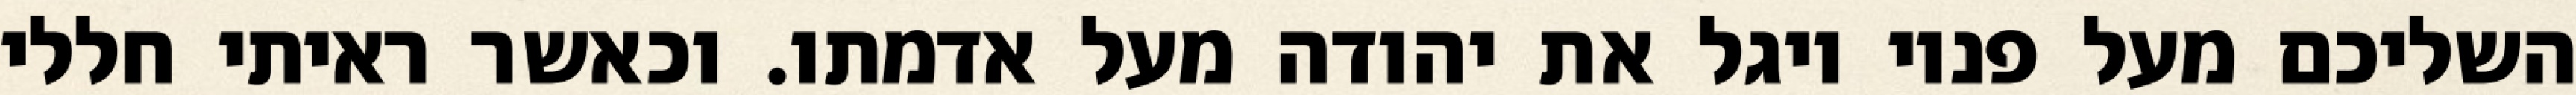
השליכם מעל פניו ויגל את יהודה מעל אדמתו. וכאשר ראיתי חללי